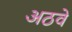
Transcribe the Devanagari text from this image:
अठवे